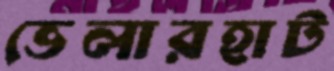
ভেলারহাট